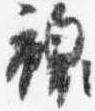
襖